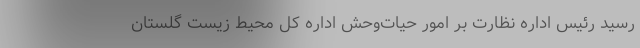
رسید رئیس اداره نظارت بر امور حیات‌وحش اداره کل محیط‌ زیست گلستان